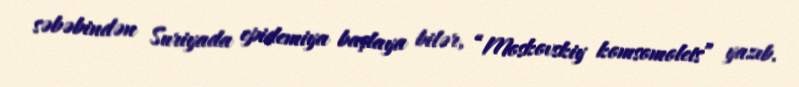
səbəbindən Suriyada epidemiya başlaya bilər, “Moskovskiy komsomolets” yazıb.